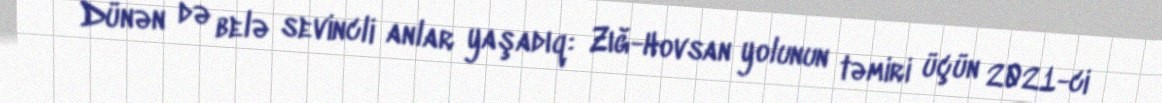
Dünən də belə sevincli anlar yaşadıq: Zığ-Hovsan yolunun təmiri üçün 2021-ci